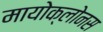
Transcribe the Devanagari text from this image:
मायोक्लोनस